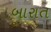
બારાત